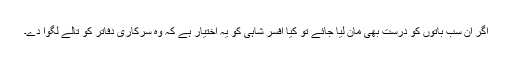
اگر ان سب باتوں کو درست بھی مان لیا جائے تو کیا افسر شاہی کو یہ اختیار ہے کہ وہ سرکاری دفاتر کو تالے لگوا دے۔